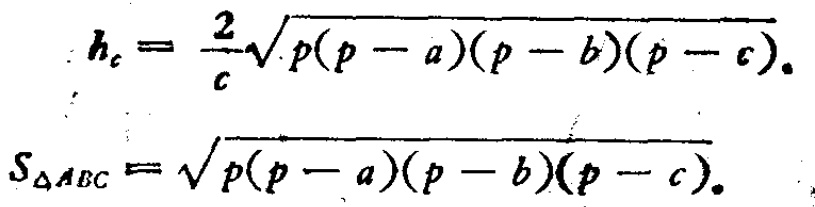
\[

h_{c}=\frac{2}{c}\sqrt{p(p - a)(p - b)(p - c)}.

\]

\[

S_{\triangle ABC}=\sqrt{p(p - a)(p - b)(p - c)}.

\]